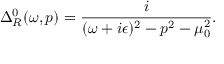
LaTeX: \Delta _ { R } ^ { 0 } ( \omega , p ) = \frac { i } { ( \omega + i \epsilon ) ^ { 2 } - p ^ { 2 } - \mu _ { 0 } ^ { 2 } } .